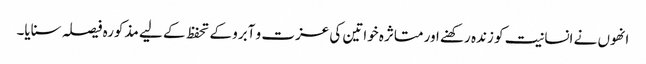
انھوں نے انسانیت کو زندہ رکھنے اور متاثرہ خواتین کی عزت و آبرو کے تحفظ کے لیے مذکورہ فیصلہ سنایا۔